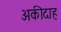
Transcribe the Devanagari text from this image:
अकीदाह